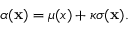
\begin{array} { r } { \alpha ( \mathbf { x } ) = \mu ( { x } ) + \kappa \sigma ( \mathbf { x } ) . } \end{array}